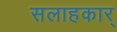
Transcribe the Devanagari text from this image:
सलाहकार्